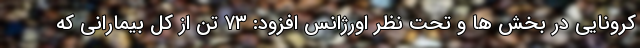
کرونایی در بخش ها و تحت نظر اورژانس افزود: ۷۳ تَن از کل بیمارانی که